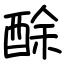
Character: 酴